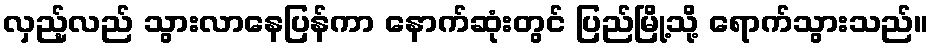
လှည့်လည် သွားလာနေပြန်ကာ နောက်ဆုံးတွင် ပြည်မြို့သို့ ရောက်သွားသည်။